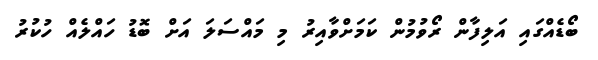
ބޯޑެއްގައި އަލިފާން ރޯވުމުން ކަމަށްވާއިރު މި މައްސަލަ އަށް ބޮޑު ހައްލެއް ހުކުރު